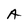
Character: A